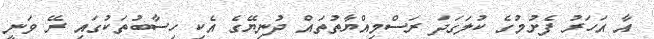
އާ އަހަރު ފެށުމުގެ ކުލަގަދަ ރަސްމިއްޔާތުތައް ދުނިޔޭގެ އެކި ހިސާބުތަކުގައި ރޭ ވަނީ